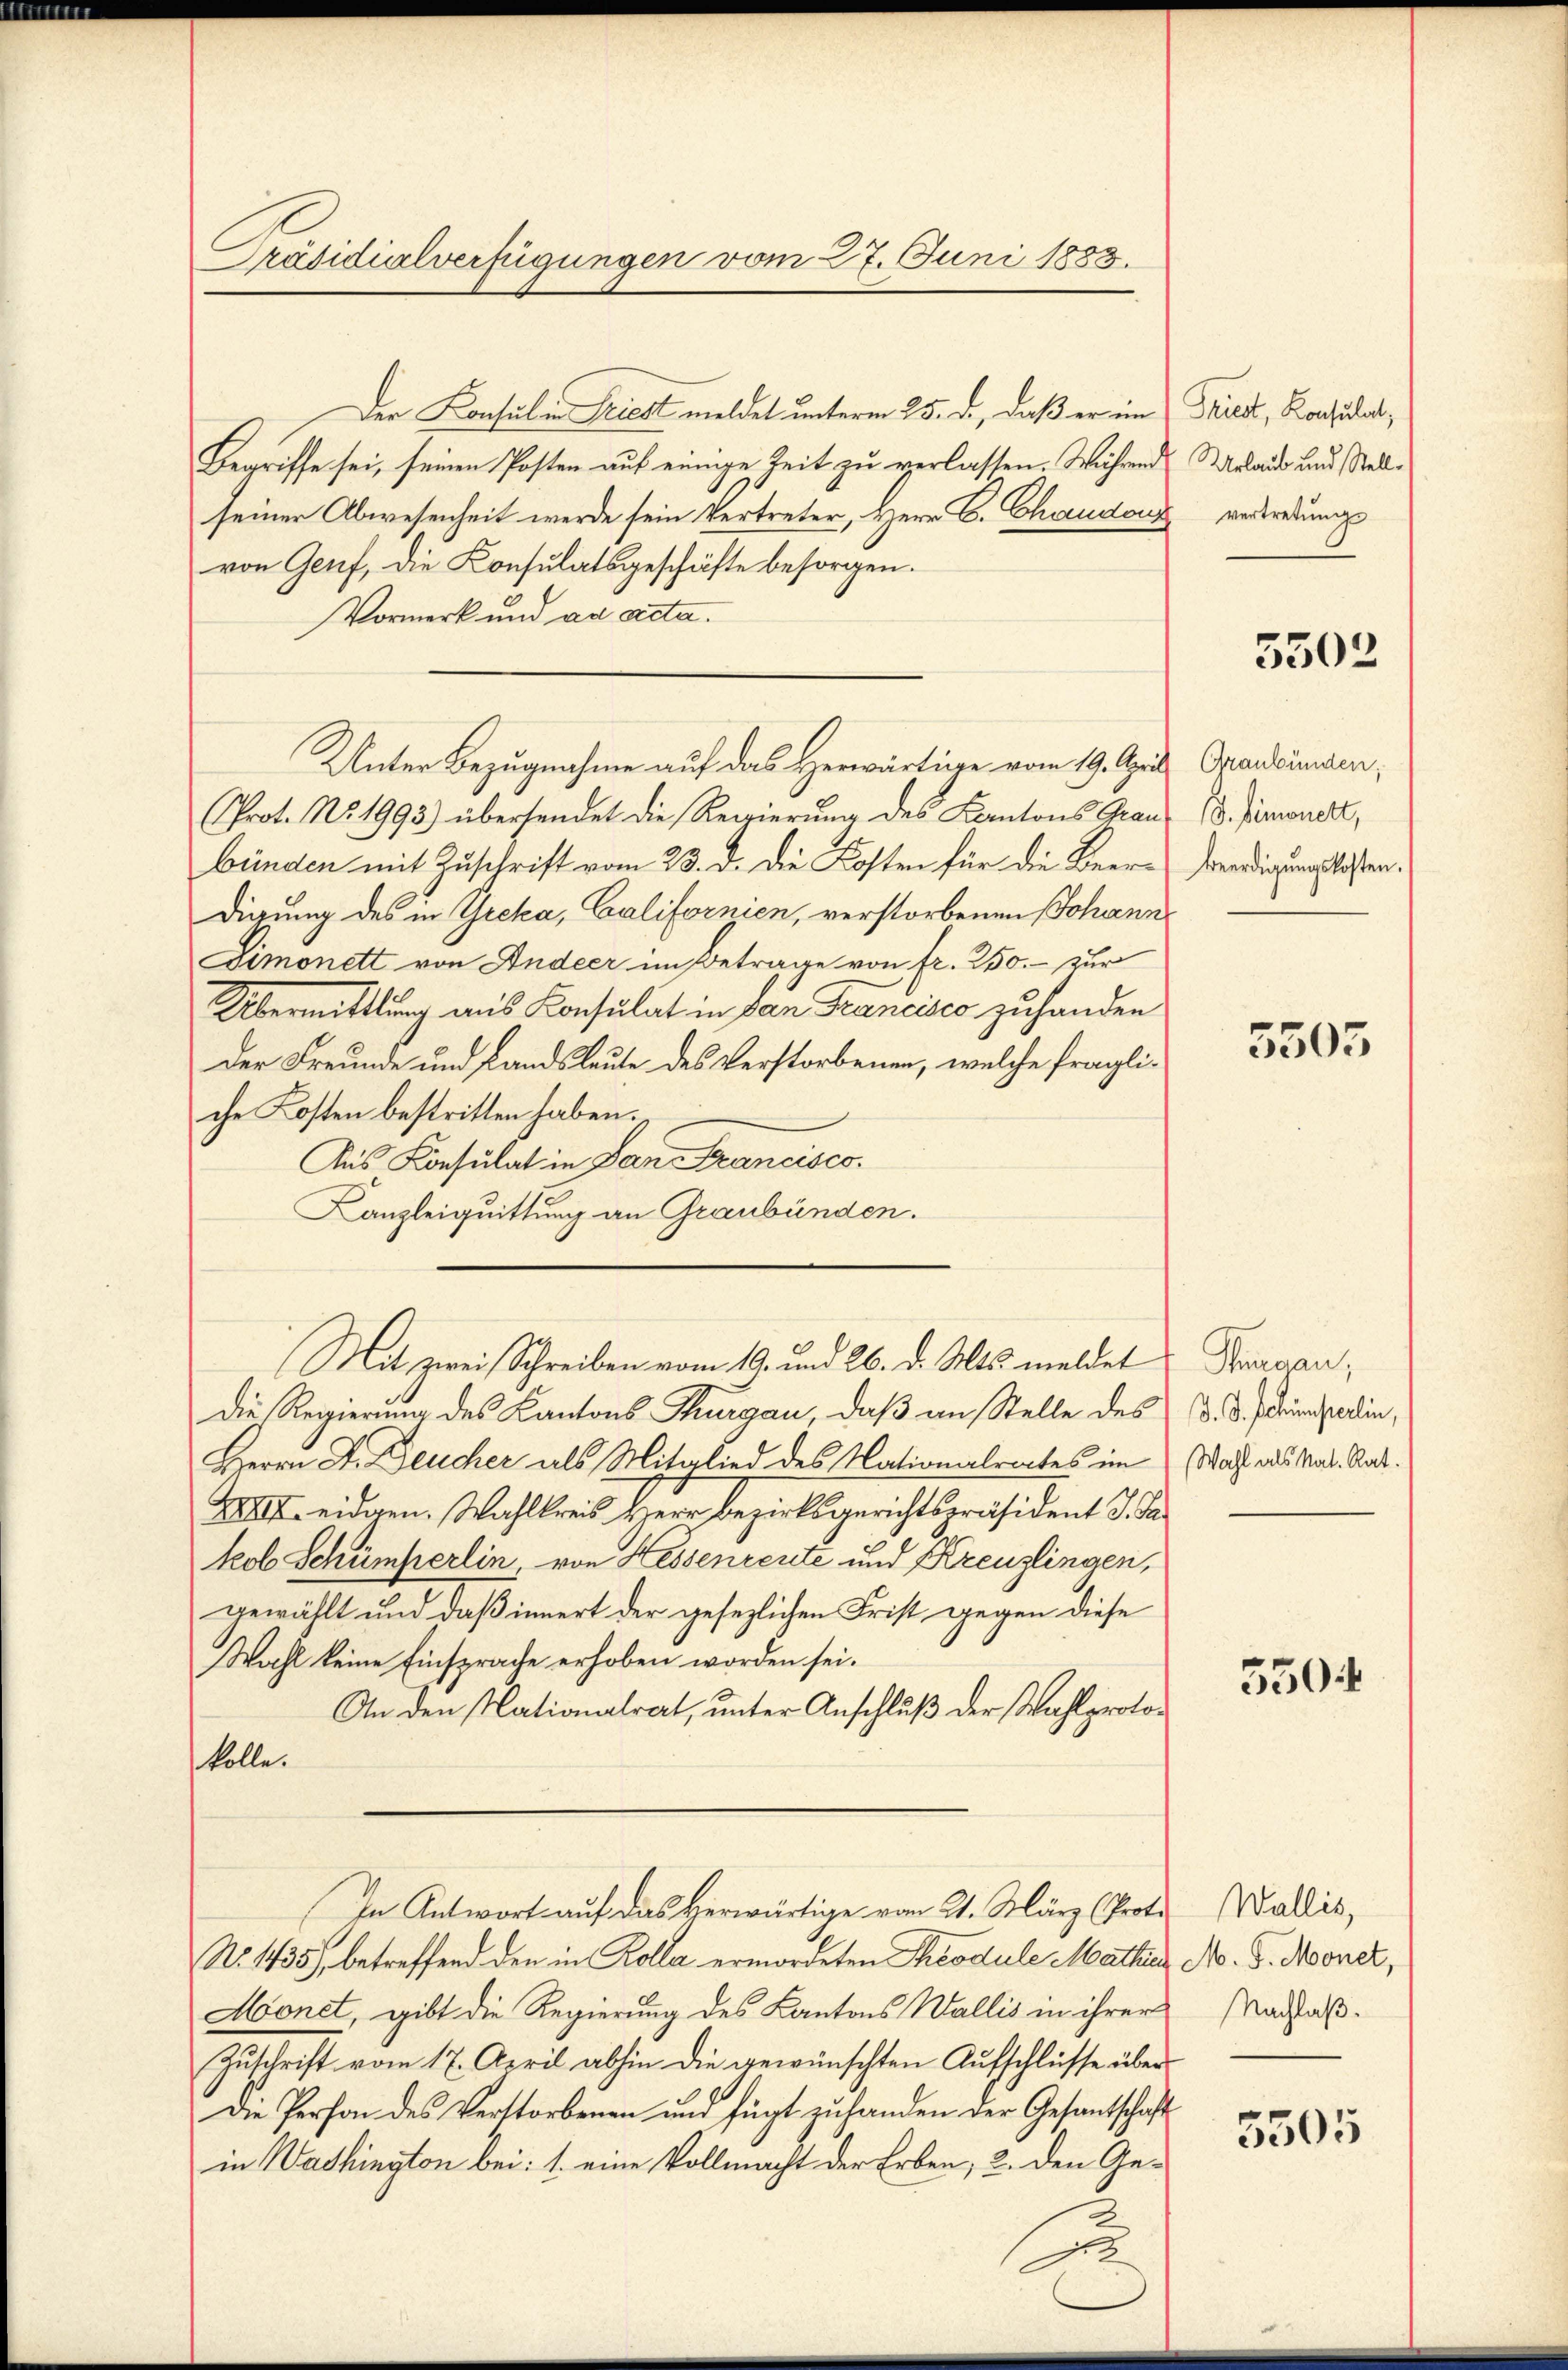
Präsidialverfügungen vom 27. Juni 1883.

Der Konsulen Friest meldet unterm 25. d., daß er im
Begriffe sei, seinen Posten auf einige Zeit zu verlassen. Während Urlaube und stellseiner Abwesenheit werde sein Vertreter, Herr C. Chaudon vertretungs
von Genf, die Konsulatsgeschäfte besorgen.
Vormerk und ad acta.
(Prot. No. 1993) übersendet die Regierung des Kantons Grau 18. Jänner,
bünden mit Zuschrift vom 23. d. die Kosten für die Beer- Benedigungslosendigung des in Greka, Californien, verstorbenen Johann
Simonett von Andeer im Betrage von fr. 250. zur
Übermittlung aus Konsulat in dan Francisco zuhanden
Der Freunde und Landsleute des Verstorbenen, welche fragliche Kosten bestritten haben.
Aus Konsulat in San Francisco
Kanzleiquittung an Graubünden.
Mit zwei Schreiben vom 19. und 26. d. Mts. meldet
Die Regierung des Kantons Thurgau, daß an Stelle des
Herrn D. Deucher als Mitglied des Nationalrates im
XXXII. eidgen. Wahlkreis Herr Bezirksgerichtspräsident J. Jakob Schümperlin, von Hessenreute und Kreuzlingen,
gewählt und daß innert der gesezlichen Frist gegen diese
Wahl keine Einsprache erhoben worden sei.
An den Nationalrat, unter Anschluß der Wahlprotokolle.
In Antwort auf das Herwärtige vom 21. März (Prot. Wallis,
No. 1435 betreffend den in Kolla ermordeten Theodule Mathias No. 8. Mooner,
Monet, gibt die Regierung des Kantons Wallis in ihrer
Zuschrift vom 17. April abhin die gewünschten Aufschlüsse über
Die Person des Verstorbenen und fügt zu handen der Gesantschaft
in Washington bei: 1. eine Vollmacht der Erben, 2. den Gea

Unter Bezugnahme auf das Herwärtige vom 19. April Graubünden,

2

Triest, Konsulat,

5302

5505

Purgau,
D. J. Schimperlin,
Wahl als Nat. Rat.

550

Nachlaß.

5505